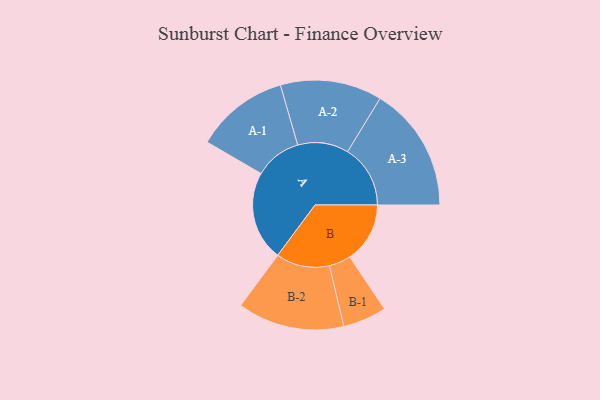
{"axis": {"x": "Segment", "y": "Value"}, "legend": ["", "A", "B"], "data": [{"x": "A", "y": 414, "type": ""}, {"x": "B", "y": 278, "type": ""}, {"x": "A-1", "y": 216, "type": "A"}, {"x": "A-2", "y": 235, "type": "A"}, {"x": "A-3", "y": 290, "type": "A"}, {"x": "B-1", "y": 101, "type": "B"}, {"x": "B-2", "y": 247, "type": "B"}]}